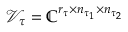
\mathcal { V } _ { \tau } = \mathbb { C } ^ { r _ { \tau } \times n _ { \tau _ { 1 } } \times n _ { \tau _ { 2 } } }